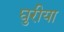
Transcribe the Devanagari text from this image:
घुरीया